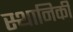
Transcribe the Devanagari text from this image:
स्थानिकी